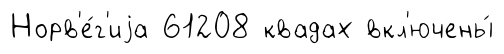
Норв'е́г'иjа 61208 квадах вкл'ючены́